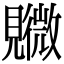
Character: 覹